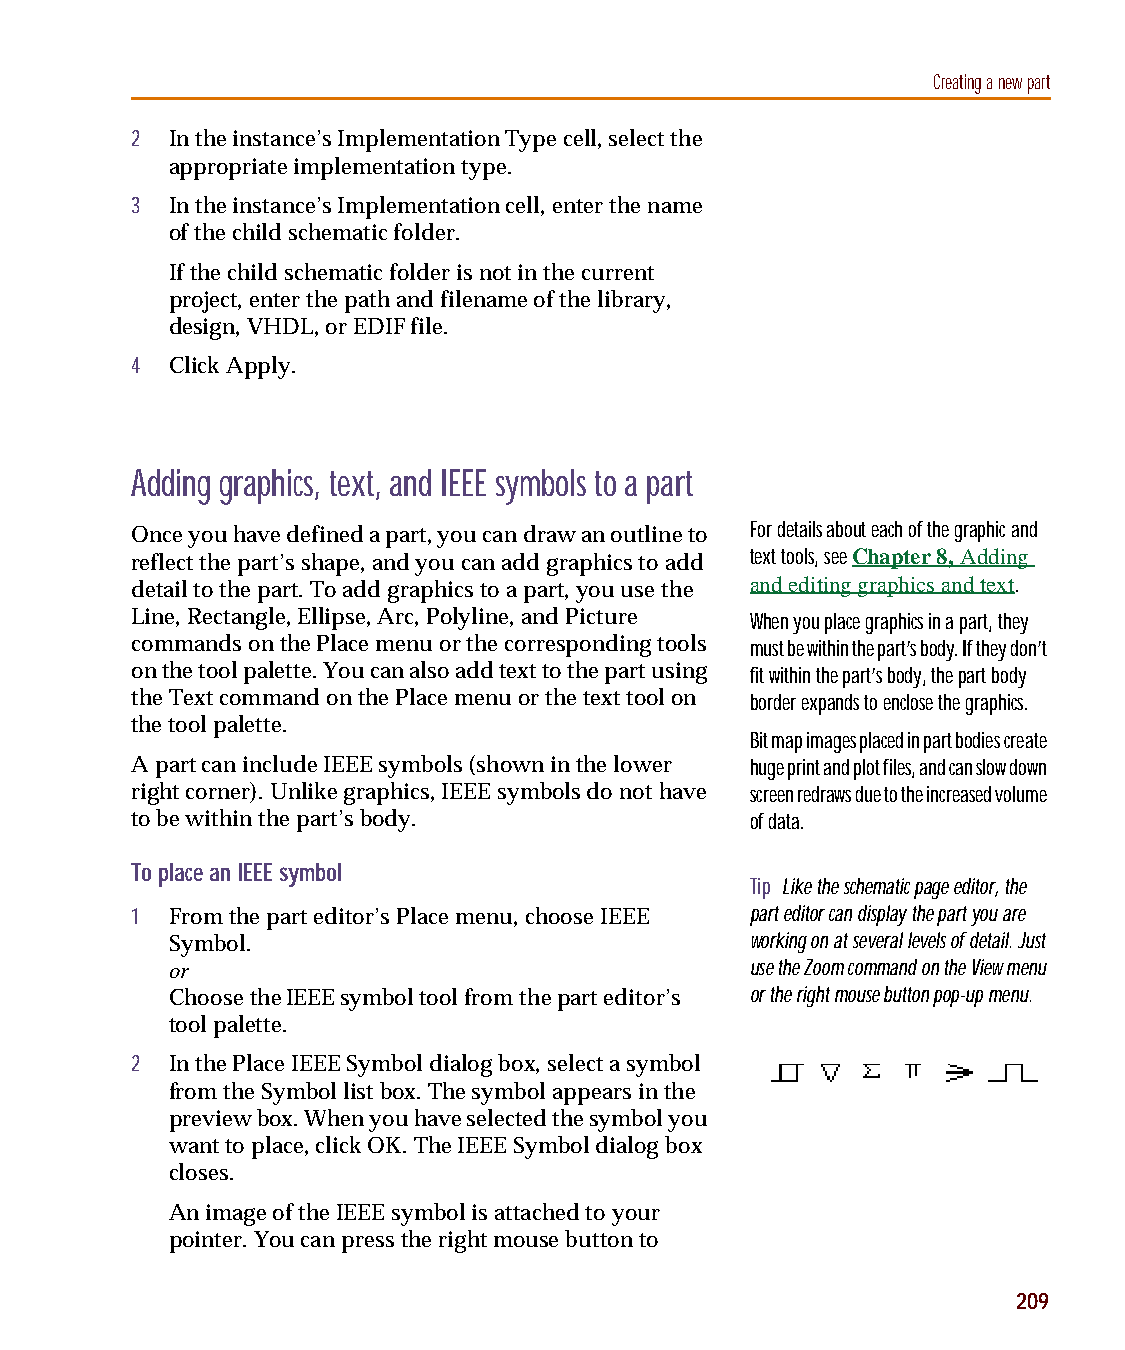
capug.book Page 209 Thursday, November 12, 1998 3:38 PM
 Creating a new part
 2 In the instance’s Implementation Type cell, select the
 appropriate implementation type.
 3 In the instance’s Implementation cell, enter the name
 of the child schematic folder.
 If the child schematic folder is not in the current
 project, enter the path and filename of the library,
 design, VHDL, or EDIF file.
 4 Click Apply.
 Adding graphics, text, and IEEE symbols to a part
 Once you have defined a part, you can draw an outline to For details about each of the graphic and
 reflect the part’s shape, and you can add graphics to add text tools, see Chapter 8, Adding
 detail to the part. To add graphics to a part, you use the
 and editing graphics and text.
 Line, Rectangle, Ellipse, Arc, Polyline, and Picture When you place graphics in a part, they
 commands on the Place menu or the corresponding tools must be within the part’s body. If they don’t
 on the tool palette. You can also add text to the part using fit within the part’s body, the part body
 the Text command on the Place menu or the text tool on border expands to enclose the graphics.
 the tool palette.
 Bit map images placed in part bodies create
 A part can include IEEE symbols (shown in the lower huge print and plot files, and can slow down
 right corner). Unlike graphics, IEEE symbols do not have screen redraws due to the increased volume
 to be within the part’s body.            of data.
 To place an IEEE symbol
 Tip Like the schematic page editor, the
 1 From the part editor’s Place menu, choose IEEE part editor can display the part you are
 Symbol.                                working on at several levels of detail. Just
 or                                     use the Zoom command on the View menu
 Choose the IEEE symbol tool from the part editor’s or the right mouse button pop-up menu.
 tool palette.
 2 In the Place IEEE Symbol dialog box, select a symbol
 from the Symbol list box. The symbol appears in the
 preview box. When you have selected the symbol you
 want to place, click OK. The IEEE Symbol dialog box
 closes.
 An image of the IEEE symbol is attached to your
 pointer. You can press the right mouse button to
 209